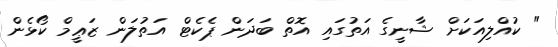
" ކުއްލިއަކަށް ޝާނީގެ އަތުގައި އޮތް ބަދަން ޕެކެޓް އަތުލަން ޒަޢީމް ކޯޅެން